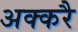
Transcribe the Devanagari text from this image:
अक्करै